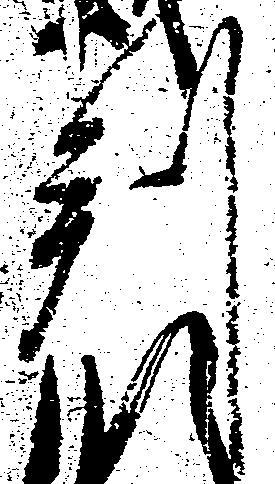
判